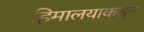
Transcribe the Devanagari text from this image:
हिमालयाकडून